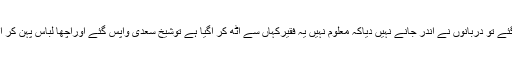
جیسے شیخ سعدیؒ جب ایک دعوت میں گئے تو دربانوں نے اندر جانے نہیں دیاکہ معلوم نہیں یہ فقیرکہاں سے اٹھ کر آگیا ہے توشیخ سعدی واپس گئے اوراچھا لباس پہن کر آگئے تو فوراً سارے دروازے کھل گئے ۔